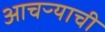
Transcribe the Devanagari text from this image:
आचऱ्याची